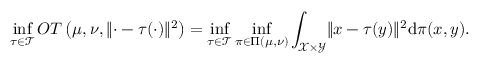
\operatorname* { i n f } _ { \tau \in \mathcal { T } } O T \left( \mu , \nu , \lVert \cdot - \tau ( \cdot ) \rVert ^ { 2 } \right) = \operatorname* { i n f } _ { \tau \in \mathcal { T } } \operatorname* { i n f } _ { \pi \in \Pi ( \mu , \nu ) } \int _ { \mathcal { X } \times \mathcal { Y } } \lVert x - \tau ( y ) \rVert ^ { 2 } \mathrm { d } \pi ( x , y ) .